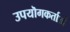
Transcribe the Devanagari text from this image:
उपयॊगकर्ताओं